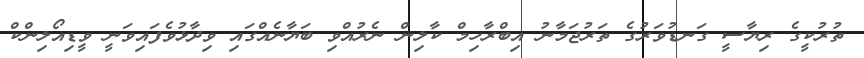
ތުރުކީގެ ރިޔާސީ ގަނޑުވަރުގެ ތަރުޖަމާނު އިބްރާހިމް ކާލިން ނެރުއްވި ބަޔާނެއްގައި ވިދާޅުވެފައިވަނީ ވީޑިއޯލިންކް